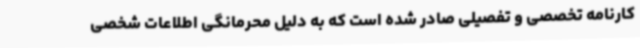
کارنامه تخصصی و تفصیلی صادر شده است که به دلیل محرمانگی اطلاعات شخصی